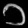
Digit: ၁